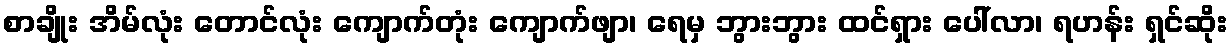
စာချိုး အိမ်လုံး တောင်လုံး ကျောက်တုံး ကျောက်ဖျာ၊ ရေမှ ဘွားဘွား ထင်ရှား ပေါ်လာ၊ ရဟန်း ရှင်ဆိုး